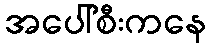
အပေါ်စီးကနေ